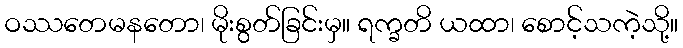
ဝဿတေမနတော၊ မိုးစွတ်ခြင်းမှ။ ရက္ခတိ ယထာ၊ စောင့်သကဲ့သို့။